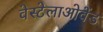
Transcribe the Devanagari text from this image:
वेस्टेलाओवेंड